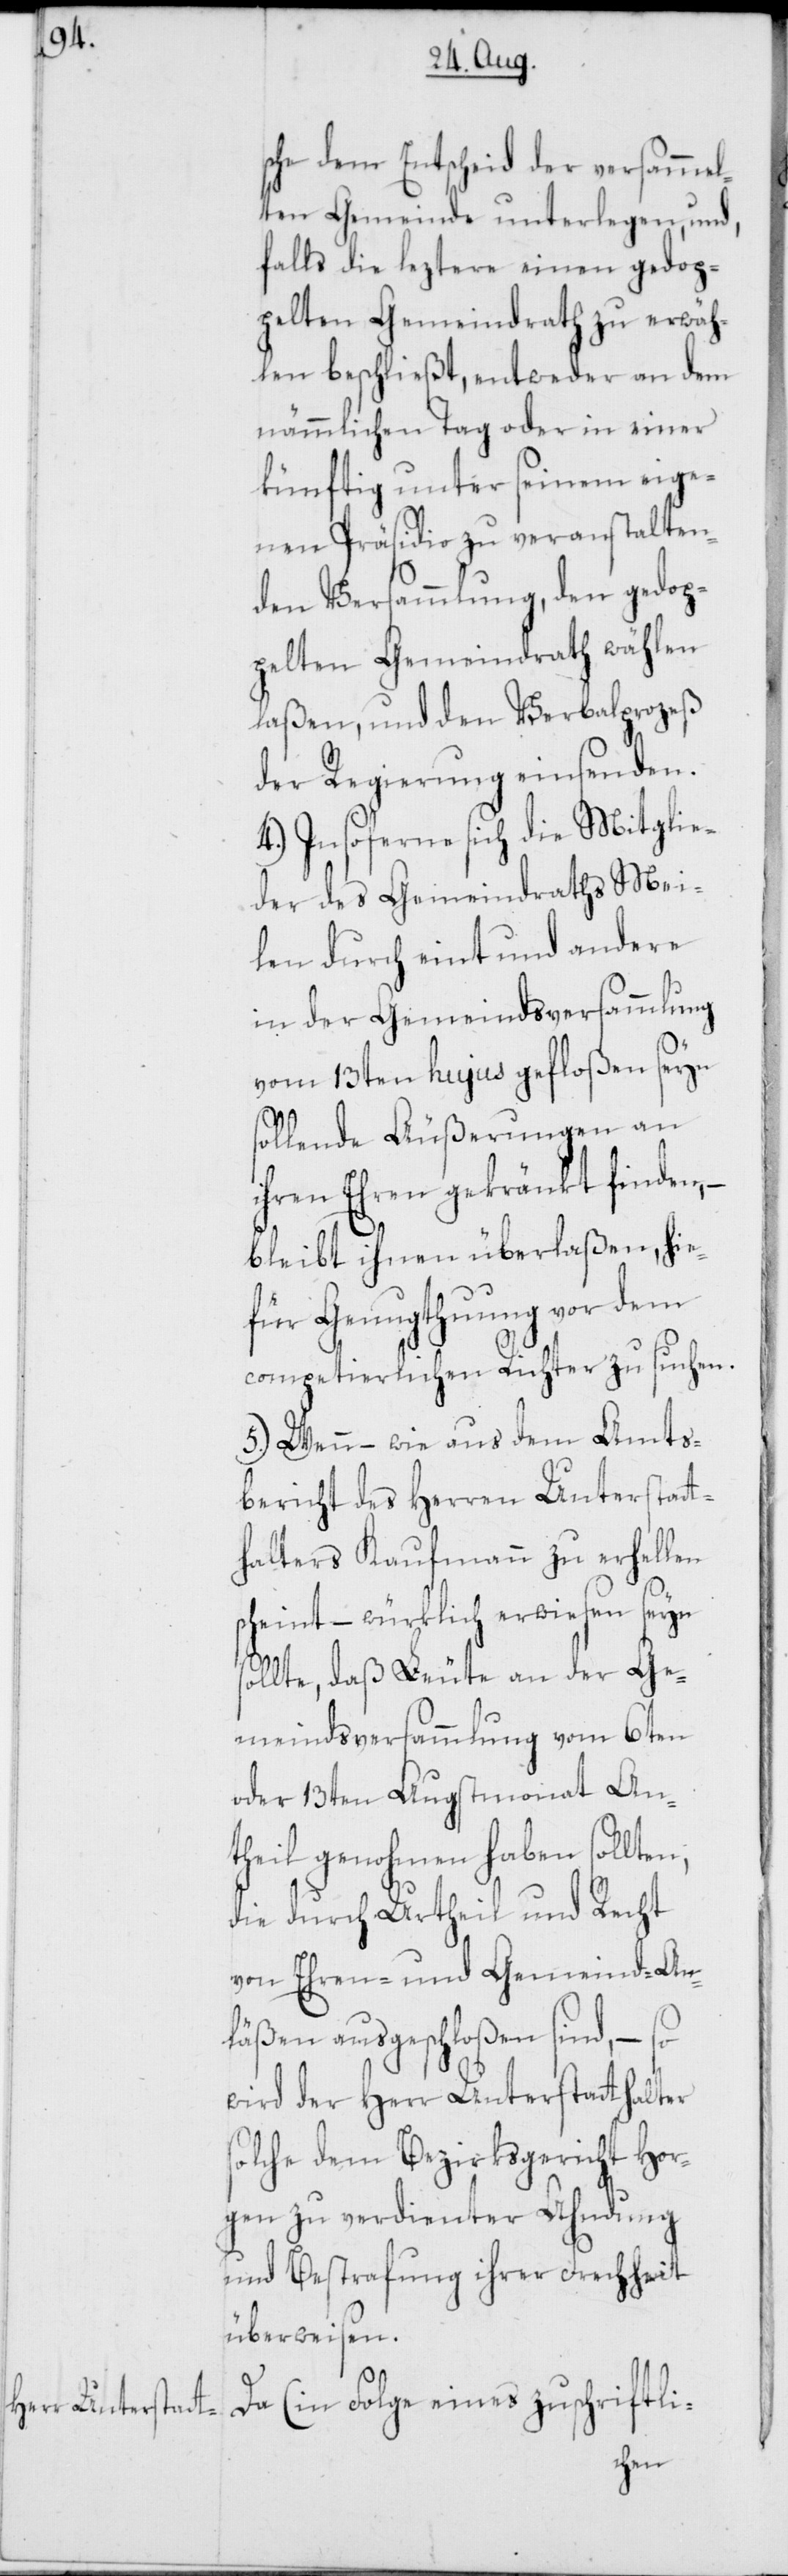
sche dem Entscheid der versammel¬
ten Gemeinde unterlegen, und,
falls die leztere einen gedop¬
pelten Gemeindrath zu erwäh¬
len beschließt, entweder an dem
nämmlichen Tag oder in einer
künftig unter seinem eige¬
nen Präsidio zu veranstalten¬
den Versammlung, den gedop¬
pelten Gemeindrath wählen
laßen, und den Verbalprozeß
der Regierung einsenden.
4.) Insoferne sich die Mitglie¬
der des Gemeindraths Mei¬
len durch eint und andere
in der Gemeindsversammlung
vom 13ten hujus gefloßen seyn
sollende Äußerungen an
ihren Ehren gekränkt finden, –
bleibt ihnen überlaßen, hie¬
für Genugthuung vor dem
competierlichen Richter zu suchen.
5.) Wenn – wie aus dem Amts¬
bericht des Herren Unterstatt¬
halters Kaufmann zu erhellen
scheint – würklich erwiesen seyn
sollte, daß Leute an der Ge¬
meindsversammlung vom 6ten
oder 13ten Augstmonat Ant¬
heil genohmen haben sollt¬
die durch Urtheil und Recht
von Ehren- und Gemeind-An¬
läßen ausgeschloßen sind, – so
wird der Herr Unterstatthalter
solche dem Bezirksgericht Hor¬
gen zu verdienter Ahndung
und Bestrafung ihrer Frechheit
überweisen.
Da (in Folge eines zuschriftli-
en,